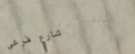
شارع فرعي